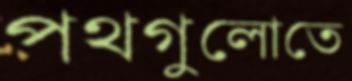
পথগুলোতে